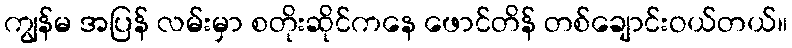
ကျွန်မ အပြန် လမ်းမှာ စတိုးဆိုင်ကနေ ဖောင်တိန် တစ်ချောင်းဝယ်တယ်။